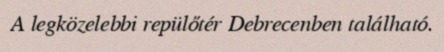
A legközelebbi repülőtér Debrecenben található.